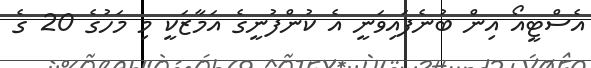
އެސްޓީއޯ އިން ބުނެފައިވަނީ އެ ކުންފުނީގެ އަމާޒަކީ މި މަހުގެ 20 ގެ